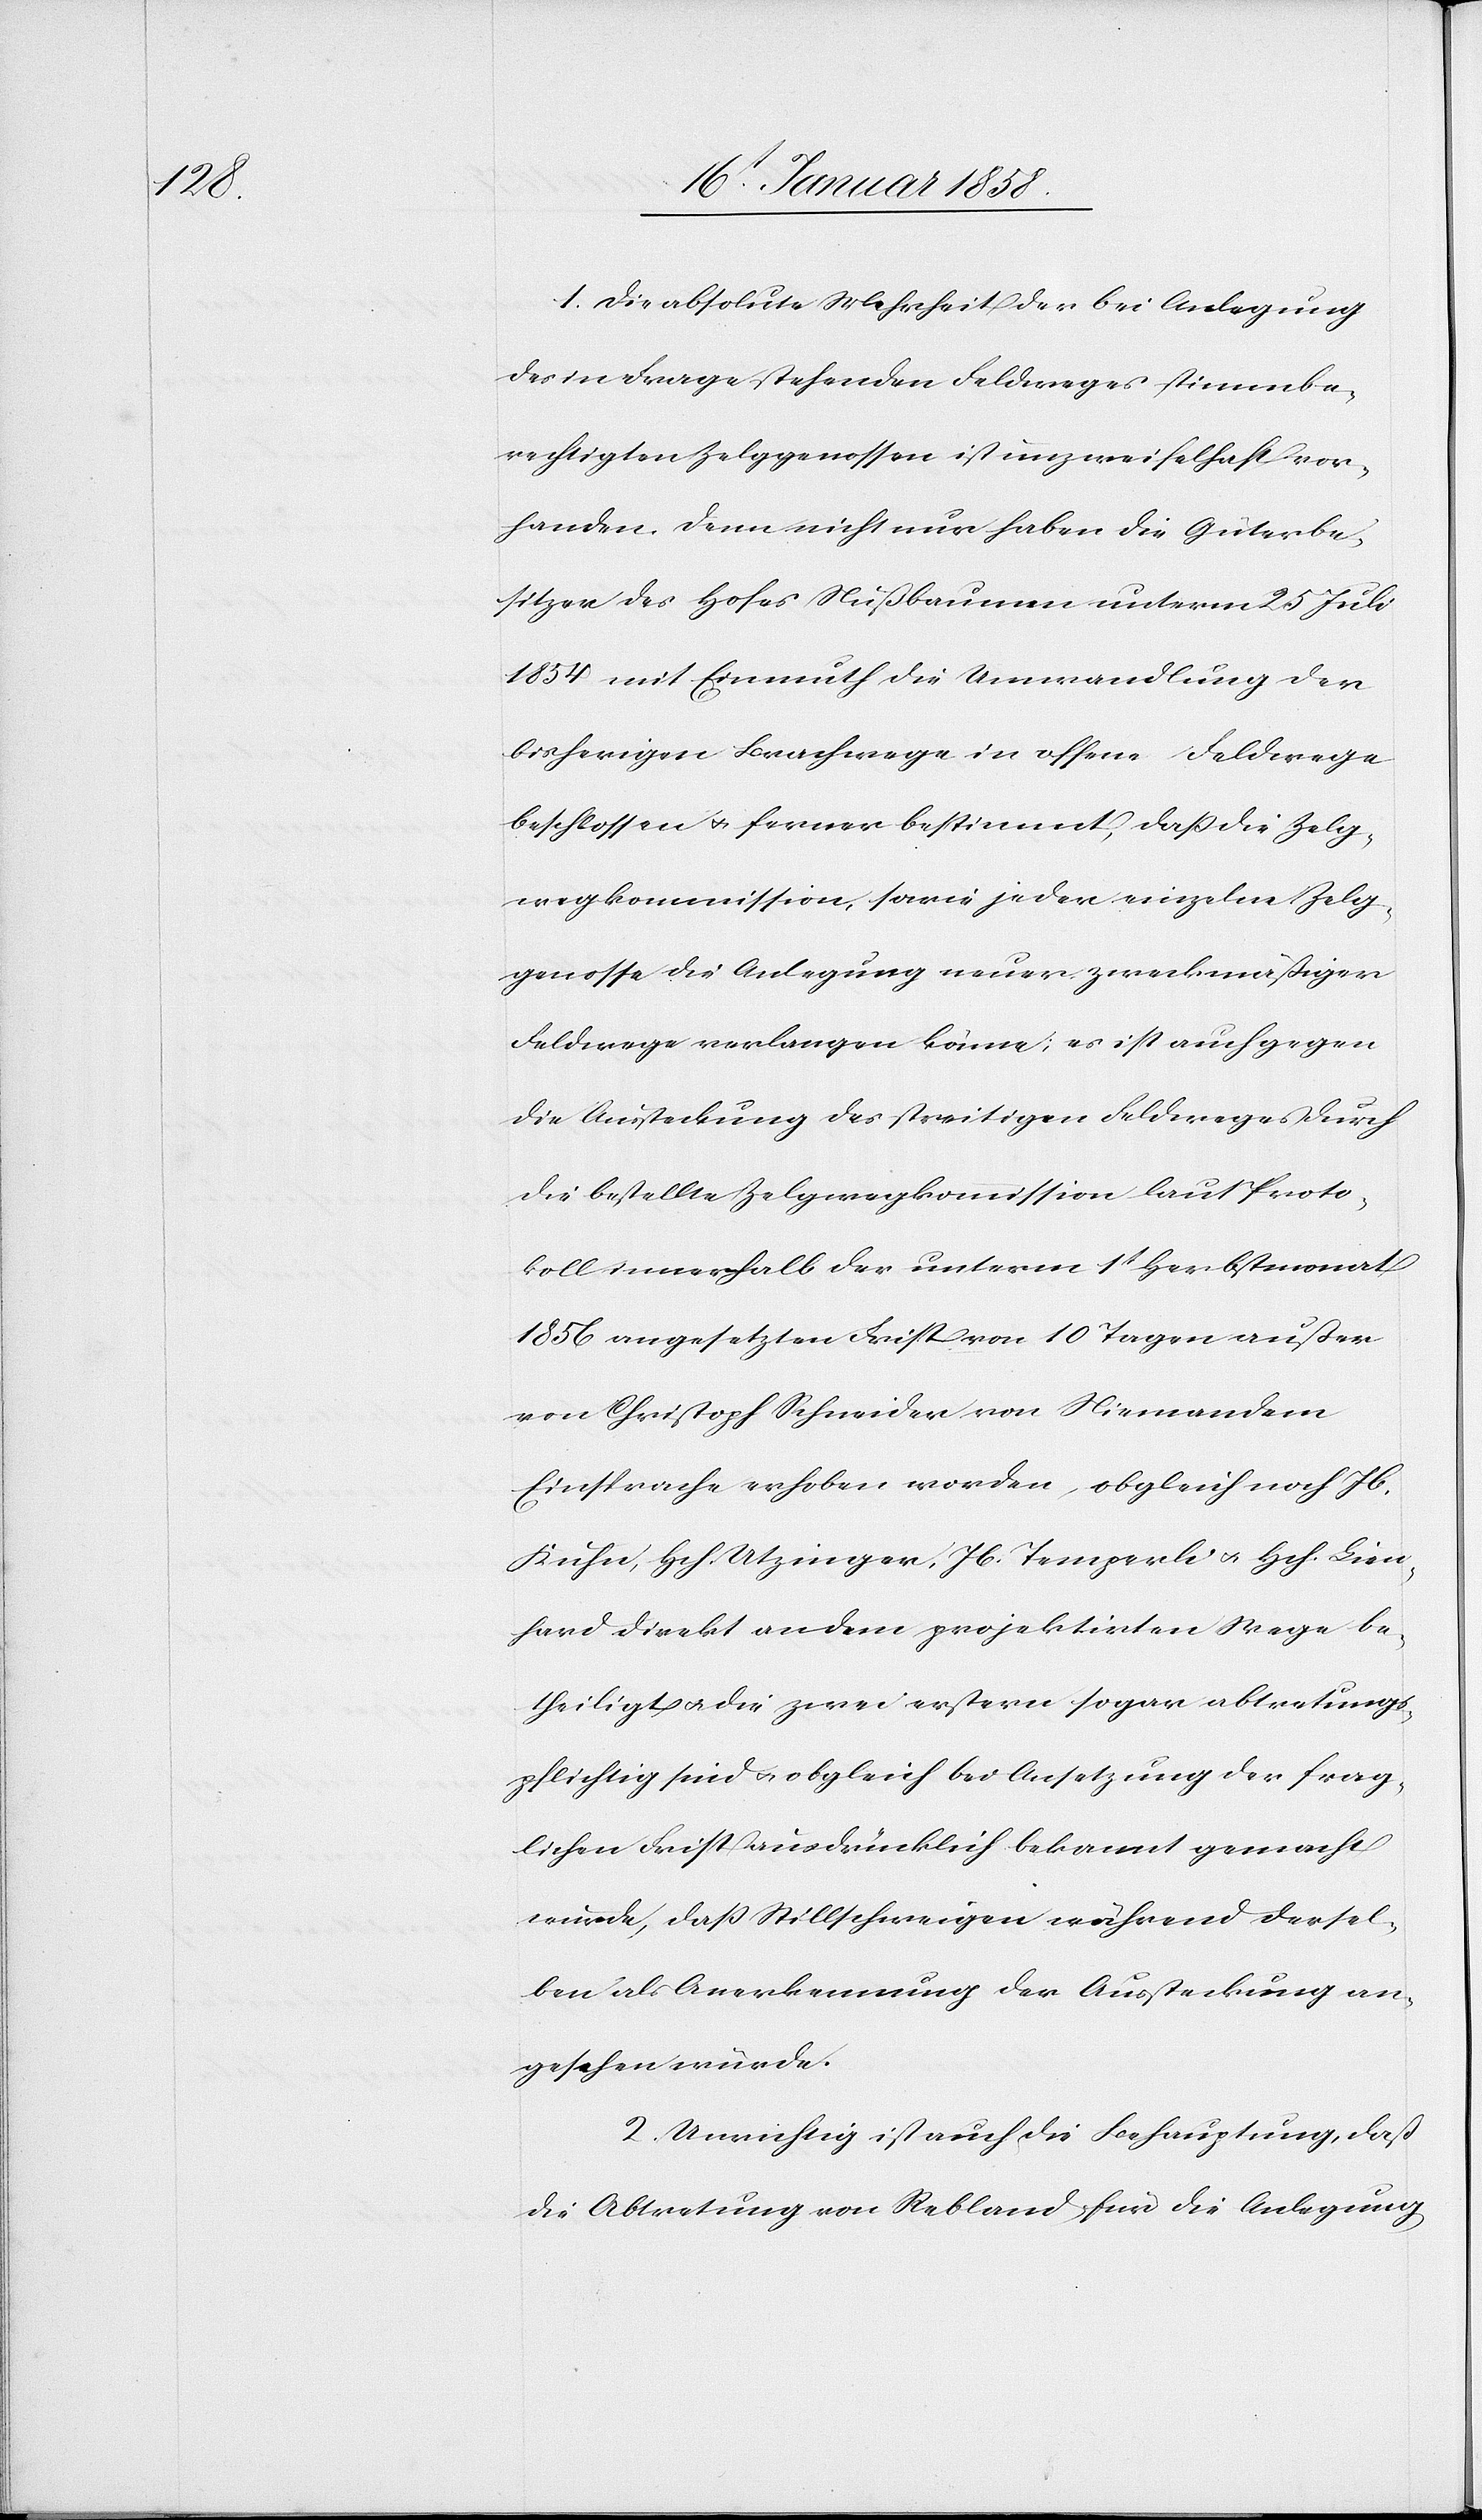
1. Die absolute Mehrheit der bei Anlegung
des in Frage stehenden Feldweges stimmenbe¬
rechtigten Zelggenossen ist unzweifelhaft vor¬
handen. Denn nicht nur haben die Güterbe¬
sitzer des Hofes Nußbaumen unterm 25 Juli
1854 mit Einmuth die Umwandlung der
bisherigen Brachwege in offene Feldwege
beschlossen u. ferner bestimmt, daß die Zelg¬
wegkommission, sowie jeder einzelne Zelg¬
genosse die Anlegung neuer zweckmäßiger
Feldwege verlangen könne; es ist auch gegen
die Aussteckung des streitigen Feldweges durch
die bestellte Zelgkommission laut Proto¬
koll innerhalb der unterm 1t Herbstmonat
1856 angesetzten Frist von 10 Tagen außer
von Christoph Schneider von Niemandem
Einsprache erhoben worden, obgleich noch Jb.
Kuhn, Hch. Utzinger, Jb. Temperli u. Hch. Lien¬
hard direkt an dem projektirten Wege be¬
theiligt u. die zwei erstern sogar abtretungs¬
pflichtig sind u. obgleich bei Ansetzung der frag¬
lichen Frist ausdrücklich bekannt gemacht
wurde, daß Stillschweigen während dersel¬
ben als Anerkennung der Aussteckung an¬
gesehen würde.
2. Unrichtig ist auch die Behauptung, daß
die Abtretung von Rebland für die Anlegung